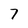
Character: 7